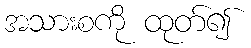
အသားစကို ထုတ်၍